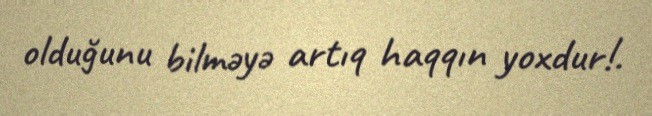
olduğunu bilməyə artıq haqqın yoxdur!.